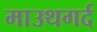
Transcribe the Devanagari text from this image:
माउथगर्द